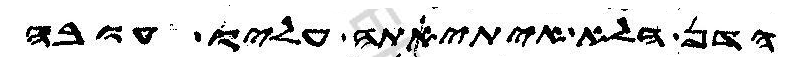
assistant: הדן הלא איתיאתה עליו עובה